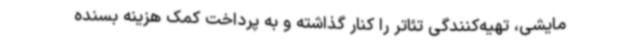
مایشی، تهیه‌کنندگی تئاتر را کنار گذاشته و به پرداخت کمک هزینه بسنده